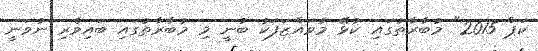
ކަޕް 2015" މުބާރާތުގައި ކުޅޭ މުވައްޒަފަކު ބުނީ މި މުބާރާތުގައި ބައިވެރި ނުވަނީ